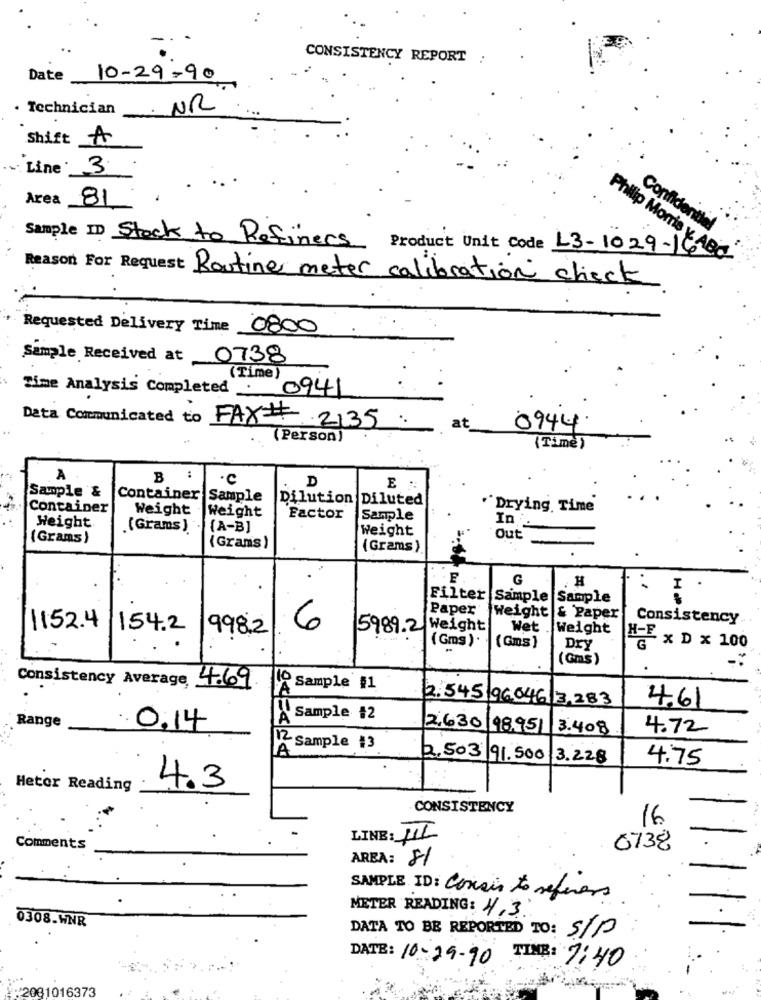
CONSISTENCY REPORT :
Date
10-29-90
. Technician
NR
Shift A
- Line: 3.
Área 81
Confidentiel
Sample ID Stock to Refiners Product Unit Code 13-1029-16
Philip Morris v. ABC
Reason For Request Routine meter calibration check
Requested Delivery Time 0800
Sample Received at 0738
(Time)
Time Analysis Completed 0941
Data Communicated to FAX# 2135.
at
0944.
(Person)
(Time)
A
B :
·C
D
E ::
Sample &
Container
Sample
Dilution Diluted
Container
Weight
Weight
Drying Time
Factor
Sample
In :
Height
(Grams) . (A-B]
Weight
(Grams)
Out
(Grams)
(Grams)
G
H
I
Filter Sample Sample
Paper
Weight & Paper
Consistency
1152.4
154.2
998.2
6
5989.2 Weight
Wet . Weight
H-F
( Gms ).
(Gms ]
Dry
G
x D x 100
(Gms)
10
Consistency Average 4.69.
A
Sample #1
2.545196.046/3,283
4.61
Range
A
Sample #2
0.14
2630 98.951
3.408
4.72
12 Sample #3
A
2,503 91.500
3.228
4.75
Heter Reading
4.3
CONSISTENCY
16
LINE: HI
Commen
0738
AREA: 81
SAMPLE ID: Conair to referens
METER READING: 4.3
0308.WNR
DATA TO BE REPORTED TO: S/P
DATE: 10-09-90 TIME : 7:40
9:2081016373